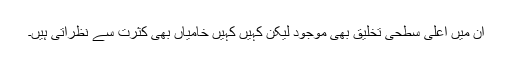
ان میں اعلی سطحی تخلیق بھی موجود لیکن کہیں کہیں خامیاں بھی کثرت سے نظرآتی ہیں۔